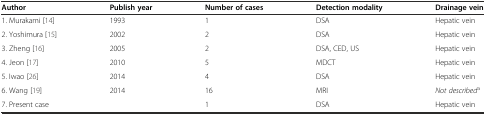
<table><thead><tr><td><b>Author</b></td><td><b>Publish year</b></td><td><b>Number of cases</b></td><td><b>Detection modality</b></td><td><b>Drainage vein</b></td></tr></thead><tbody><tr><td>1. Murakami [14]</td><td>1993</td><td>1</td><td>DSA</td><td>Hepatic vein</td></tr><tr><td>2. Yoshimura [15]</td><td>2002</td><td>2</td><td>DSA</td><td>Hepatic vein</td></tr><tr><td>3. Zheng [16]</td><td>2005</td><td>2</td><td>DSA, CED, US</td><td>Hepatic vein</td></tr><tr><td>4. Jeon [17]</td><td>2010</td><td>5</td><td>MDCT</td><td>Hepatic vein</td></tr><tr><td>5. Iwao [26]</td><td>2014</td><td>4</td><td>DSA</td><td>Hepatic vein</td></tr><tr><td>6. Wang [19]</td><td>2014</td><td>16</td><td>MRI</td><td><i>Not described</i><sup>a</sup></td></tr><tr><td>7. Present case</td><td></td><td>1</td><td>DSA</td><td>Hepatic vein</td></tr></tbody></table>